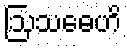
ဩသဓေဟိ